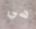
هي